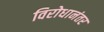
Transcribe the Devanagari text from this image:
विरोधानंतर